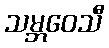
သမ္ဘဝေသီ